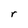
Character: r